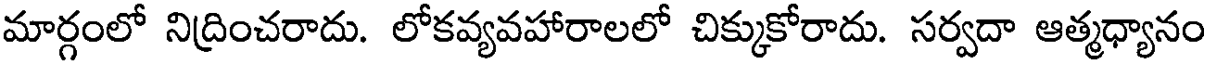
మార్గంలో నిద్రించరాదు. లోకవ్యవహారాలలో చిక్కుకోరాదు. సర్వదా ఆత్మధ్యానం